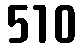
510